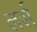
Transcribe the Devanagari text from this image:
लर्स